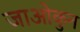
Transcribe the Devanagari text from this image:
जाओकुन